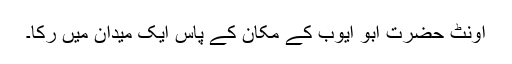
اونٹ حضرت ابو ایوبؓ کے مکان کے پاس ایک میدان میں رکا۔